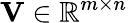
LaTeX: \mathbf{V}\in\mathbb{R}^{m\times n}